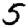
Digit: 5